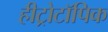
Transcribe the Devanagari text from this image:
हीट्रोटॉपिक